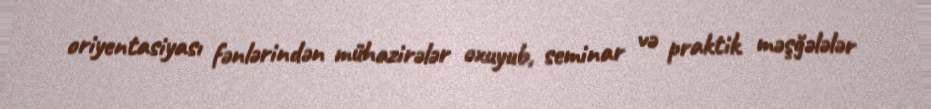
oriyentasiyası fənlərindən mühazirələr oxuyub, seminar və praktik məşğələlər